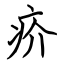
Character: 疥